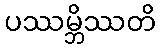
ပဿမ္ဘိဿတိ